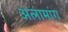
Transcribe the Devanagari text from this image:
अलामांग